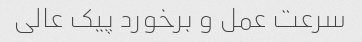
سرعت عمل و برخورد پیک عالی